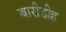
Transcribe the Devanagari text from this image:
बारीडीह